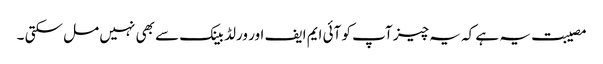
مصیبت یہ ہے کہ یہ چیز آپ کو آئی ایم ایف اور ورلڈ بینک سے بھی نہیں مل سکتی ۔